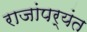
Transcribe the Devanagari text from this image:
राजांपर्यंत